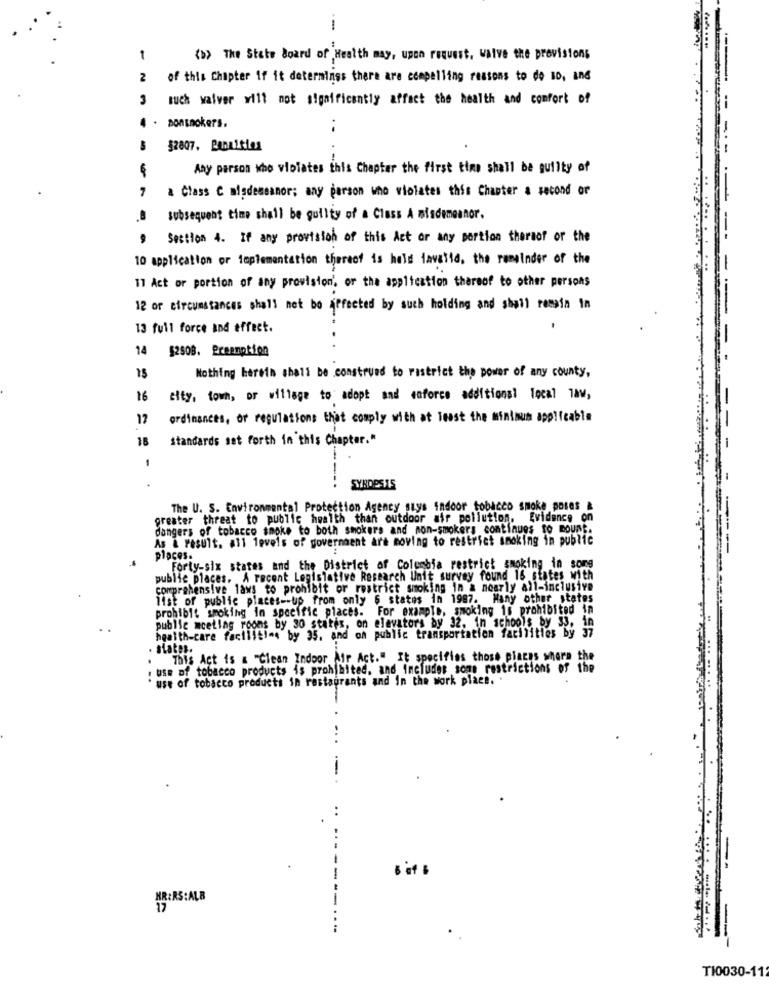
.-.
1
<>> The State Board of Health may, upon request, waive the provisions
2
of this Chapter if it deternings there are compelling ressons to do so, and
3
such waiver will not significantly affect the health and comfort of
pontnokers.
$2807. Panuities
----- --
Any person who violates this Chapter the first time shall be guilty of
7
..
a Class C misdemeanor; any person who violates this Chapter a second or
subsequent time shall be guilty of a Class A misdemeanor.
Section 4. If any provision of this Act or any portion thereof or the
10 application or implementation thereof is held lavetid, the remainder of the
11 Act or portion of any provision', or the application thereof to other persons
12 or circumstances shall not be affected by such holding and shall remain in
13 full force and effect.
14 52808. Preemption
Nothing herein shall be construed to restrict the power of any county,
16
city, town, or village to adopt and esforce additional local law,
12
ordinances, or regulations that comply with at least the minimum applicable
16
standards set forth in this Chapter."
-
-
SYRDESIS
The U. S. Environmental Protection Agency says indoor tobacco smoke poses &
greater threat to public health than outdoor air pollution. Evidence on
dangers of tobacco smoke to both smokers and non-smokers continues to mount.
As a result. all levels of government are moving to restrict smoking in public
places.
Forty-six states and the District of Columbia restrict smoking in somg
public places. A recent Legislative Research Unit survey found 16 states with
comprehensive laws to prohibit or restrict smoking in a nearly all-inclusive
list of public places -- up from only 6 states in 1987. Many other states
prohibit smoking in specific places. For example, smoking is prohibited in
public meeting rooms by 30 states, on elevators by 32, in schools by 33, in
health-care facilities by 35, and on public transportation facilities by 37
. states.
This Act is & "Clean Indoor Air Act." It specifies those places where the
. use of tobacco products is prohibited. and includes some restrictions of the
use of tobacco products in restaurants and in the work place. .
. it s
HR:RS:ALB
--
--
TI0030-11